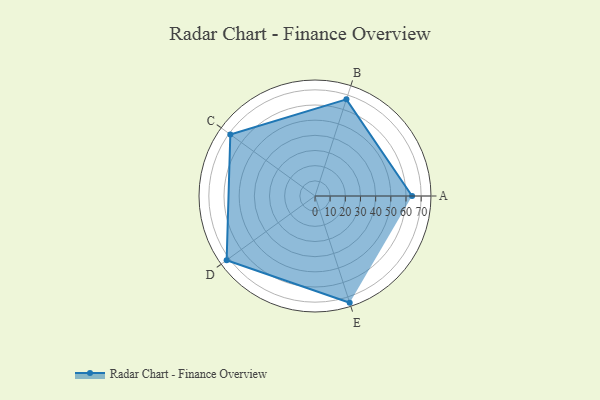
{"axis": {"x": "Skill", "y": "Score"}, "legend": ["Profile"], "data": [{"x": "A", "y": 64.0, "type": "Profile"}, {"x": "B", "y": 67.0, "type": "Profile"}, {"x": "C", "y": 69.0, "type": "Profile"}, {"x": "D", "y": 72.0, "type": "Profile"}, {"x": "E", "y": 74.0, "type": "Profile"}]}